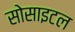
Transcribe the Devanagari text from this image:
सोसाइटल